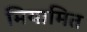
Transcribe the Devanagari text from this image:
मियामित